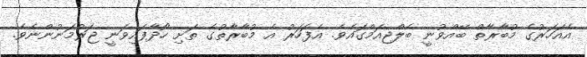
އެއަހަރުގެ މުބާރާތް ބޭއްވުނީ ބެލްޖިއަމްގައެވެ. އެފަހަރު އެ މުބާރާތުގެ ތަށި ހޯދާފައިވަނީ ޖަރުމަނުންނެވެ.